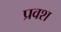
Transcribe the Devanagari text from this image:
प्रवश